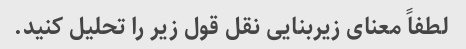
لطفاً معنای زیربنایی نقل قول زیر را تحلیل کنید.